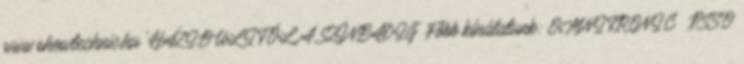
www.showtechnic.hu 'HÁZIBULITÓL A SZÍNPADIG' Főbb kínálatunk: OMNITRONIC PSSO